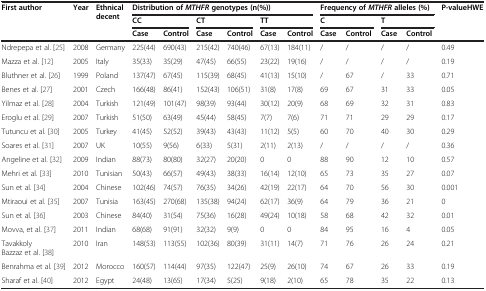
<table><thead><tr><td rowspan="3"><b>First author</b></td><td rowspan="3"><b>Year</b></td><td rowspan="3"><b>Ethnical decent</b></td><td colspan="6"><b>Distribution of <i>MTHFR </i>genotypes (n(%))</b></td><td colspan="4"><b>Frequency of <i>MTHFR </i>alleles (%)</b></td><td rowspan="3"><b>P-valueHWE</b></td></tr><tr><td colspan="2"><b>CC</b></td><td colspan="2"><b>CT</b></td><td colspan="2"><b>TT</b></td><td colspan="2"><b>C</b></td><td colspan="2"><b>T</b></td></tr><tr><td><b>Case</b></td><td><b>Control</b></td><td><b>Case</b></td><td><b>Control</b></td><td><b>Case</b></td><td><b>Control</b></td><td><b>Case</b></td><td><b>Control</b></td><td><b>Case</b></td><td><b>Control</b></td></tr></thead><tbody><tr><td>Ndrepepa et al. [25]</td><td>2008</td><td>Germany</td><td>225(44)</td><td>690(43)</td><td>215(42)</td><td>740(46)</td><td>67(13)</td><td>184(11)</td><td>/</td><td>/</td><td>/</td><td>/</td><td>0.49</td></tr><tr><td>Mazza et al. [12]</td><td>2005</td><td>Italy</td><td>35(33)</td><td>35(29)</td><td>47(45)</td><td>66(55)</td><td>23(22)</td><td>19(16)</td><td>/</td><td>/</td><td>/</td><td>/</td><td>0.19</td></tr><tr><td>Bluthner et al. [26]</td><td>1999</td><td>Poland</td><td>137(47)</td><td>67(45)</td><td>115(39)</td><td>68(45)</td><td>41(13)</td><td>15(10)</td><td>/</td><td>67</td><td>/</td><td>33</td><td>0.71</td></tr><tr><td>Benes et al. [27]</td><td>2001</td><td>Czech</td><td>166(48)</td><td>86(41)</td><td>152(43)</td><td>106(51)</td><td>31(8)</td><td>17(8)</td><td>69</td><td>67</td><td>31</td><td>33</td><td>0.05</td></tr><tr><td>Yilmaz et al. [28]</td><td>2004</td><td>Turkish</td><td>121(49)</td><td>101(47)</td><td>98(39)</td><td>93(44)</td><td>30(12)</td><td>20(9)</td><td>68</td><td>69</td><td>32</td><td>31</td><td>0.83</td></tr><tr><td>Eroglu et al. [29]</td><td>2007</td><td>Turkish</td><td>51(50)</td><td>63(49)</td><td>45(44)</td><td>58(45)</td><td>7(7)</td><td>7(6)</td><td>71</td><td>71</td><td>29</td><td>29</td><td>0.17</td></tr><tr><td>Tutuncu et al. [30]</td><td>2005</td><td>Turkey</td><td>41(45)</td><td>52(52)</td><td>39(43)</td><td>43(43)</td><td>11(12)</td><td>5(5)</td><td>60</td><td>70</td><td>40</td><td>30</td><td>0.29</td></tr><tr><td>Soares et al. [31]</td><td>2007</td><td>UK</td><td>10(55)</td><td>9(56)</td><td>6(33)</td><td>5(31)</td><td>2(11)</td><td>2(13)</td><td>/</td><td>/</td><td>/</td><td>/</td><td>0.36</td></tr><tr><td>Angeline et al. [32]</td><td>2009</td><td>Indian</td><td>88(73)</td><td>80(80)</td><td>32(27)</td><td>20(20)</td><td>0</td><td>0</td><td>88</td><td>90</td><td>12</td><td>10</td><td>0.57</td></tr><tr><td>Mehri et al. [33]</td><td>2010</td><td>Tunisian</td><td>50(43)</td><td>66(57)</td><td>49(43)</td><td>38(33)</td><td>16(14)</td><td>12(10)</td><td>65</td><td>73</td><td>35</td><td>27</td><td>0.07</td></tr><tr><td>Sun et al. [34]</td><td>2004</td><td>Chinese</td><td>102(46)</td><td>74(57)</td><td>76(35)</td><td>34(26)</td><td>42(19)</td><td>22(17)</td><td>64</td><td>70</td><td>56</td><td>30</td><td>0.001</td></tr><tr><td>Mtiraoui et al. [35]</td><td>2007</td><td>Tunisia</td><td>163(45)</td><td>270(68)</td><td>135(38)</td><td>94(24)</td><td>62(17)</td><td>36(9)</td><td>64</td><td>79</td><td>36</td><td>21</td><td>0</td></tr><tr><td>Sun et al. [36]</td><td>2003</td><td>Chinese</td><td>84(40)</td><td>31(54)</td><td>75(36)</td><td>16(28)</td><td>49(24)</td><td>10(18)</td><td>58</td><td>68</td><td>42</td><td>32</td><td>0.01</td></tr><tr><td>Movva, et al. [37]</td><td>2011</td><td>Indian</td><td>68(68)</td><td>91(91)</td><td>32(32)</td><td>9(9)</td><td>0</td><td>0</td><td>84</td><td>95</td><td>16</td><td>4</td><td>0.05</td></tr><tr><td>Tavakkoly Bazzaz et al. [38]</td><td>2010</td><td>Iran</td><td>148(53)</td><td>113(55)</td><td>102(36)</td><td>80(39)</td><td>31(11)</td><td>14(7)</td><td>71</td><td>76</td><td>26</td><td>24</td><td>0.21</td></tr><tr><td>Benrahma et al. [39]</td><td>2012</td><td>Morocco</td><td>160(57)</td><td>114(44)</td><td>97(35)</td><td>122(47)</td><td>25(9)</td><td>26(10)</td><td>74</td><td>67</td><td>26</td><td>33</td><td>0.19</td></tr><tr><td>Sharaf et al. [40]</td><td>2012</td><td>Egypt</td><td>24(48)</td><td>13(65)</td><td>17(34)</td><td>5(25)</td><td>9(18)</td><td>2(10)</td><td>65</td><td>78</td><td>35</td><td>22</td><td>0.13</td></tr></tbody></table>